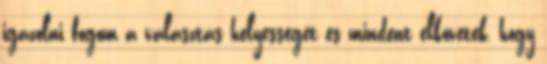
igazolni fogom a választás helyességét és mindent elkövetek, hogy